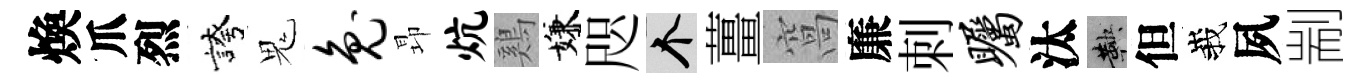
煥爪烈誇鬼兔昻炕鷄嫌咫个薑窩廉刺瞩汰鞅但峩夙剬